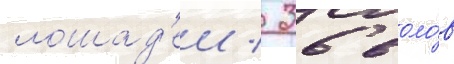
лошад'еи / 36 воло́в